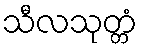
သီလသုတ္တံ